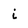
Character: i